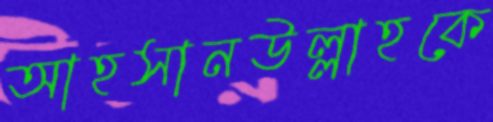
আহসানউল্লাহকে